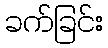
ခက်ခြင်း